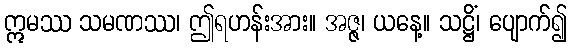
ဣမဿ သမဏဿ၊ ဤရဟန်းအား။ အဇ္ဇ၊ ယနေ့။ သဋ္ဌိံ၊ ပျောက်၍